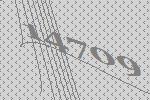
14709